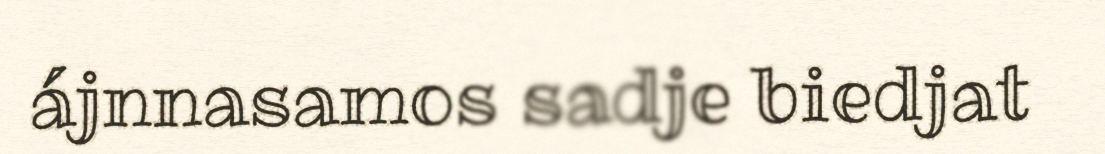
ájnnasamos sadje biedjat